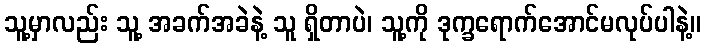
သူ့မှာလည်း သူ့ အခက်အခဲနဲ့ သူ ရှိတာပဲ၊ သူ့ကို ဒုက္ခရောက်အောင်မလုပ်ပါနဲ့။